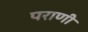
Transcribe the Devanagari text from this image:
पराणी